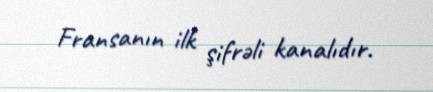
Fransanın ilk şifrəli kanalıdır.